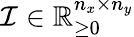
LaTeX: \mathcal{I}\in\mathbb{R}_{\ge 0}^{n_{x}\times n_{y}}